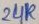
Text: 24K